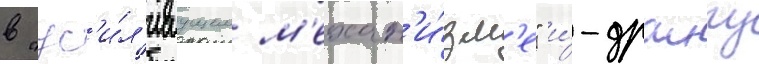
в "ус'и́л'иваущем м'ехан'и́зм'е" и́-драигу